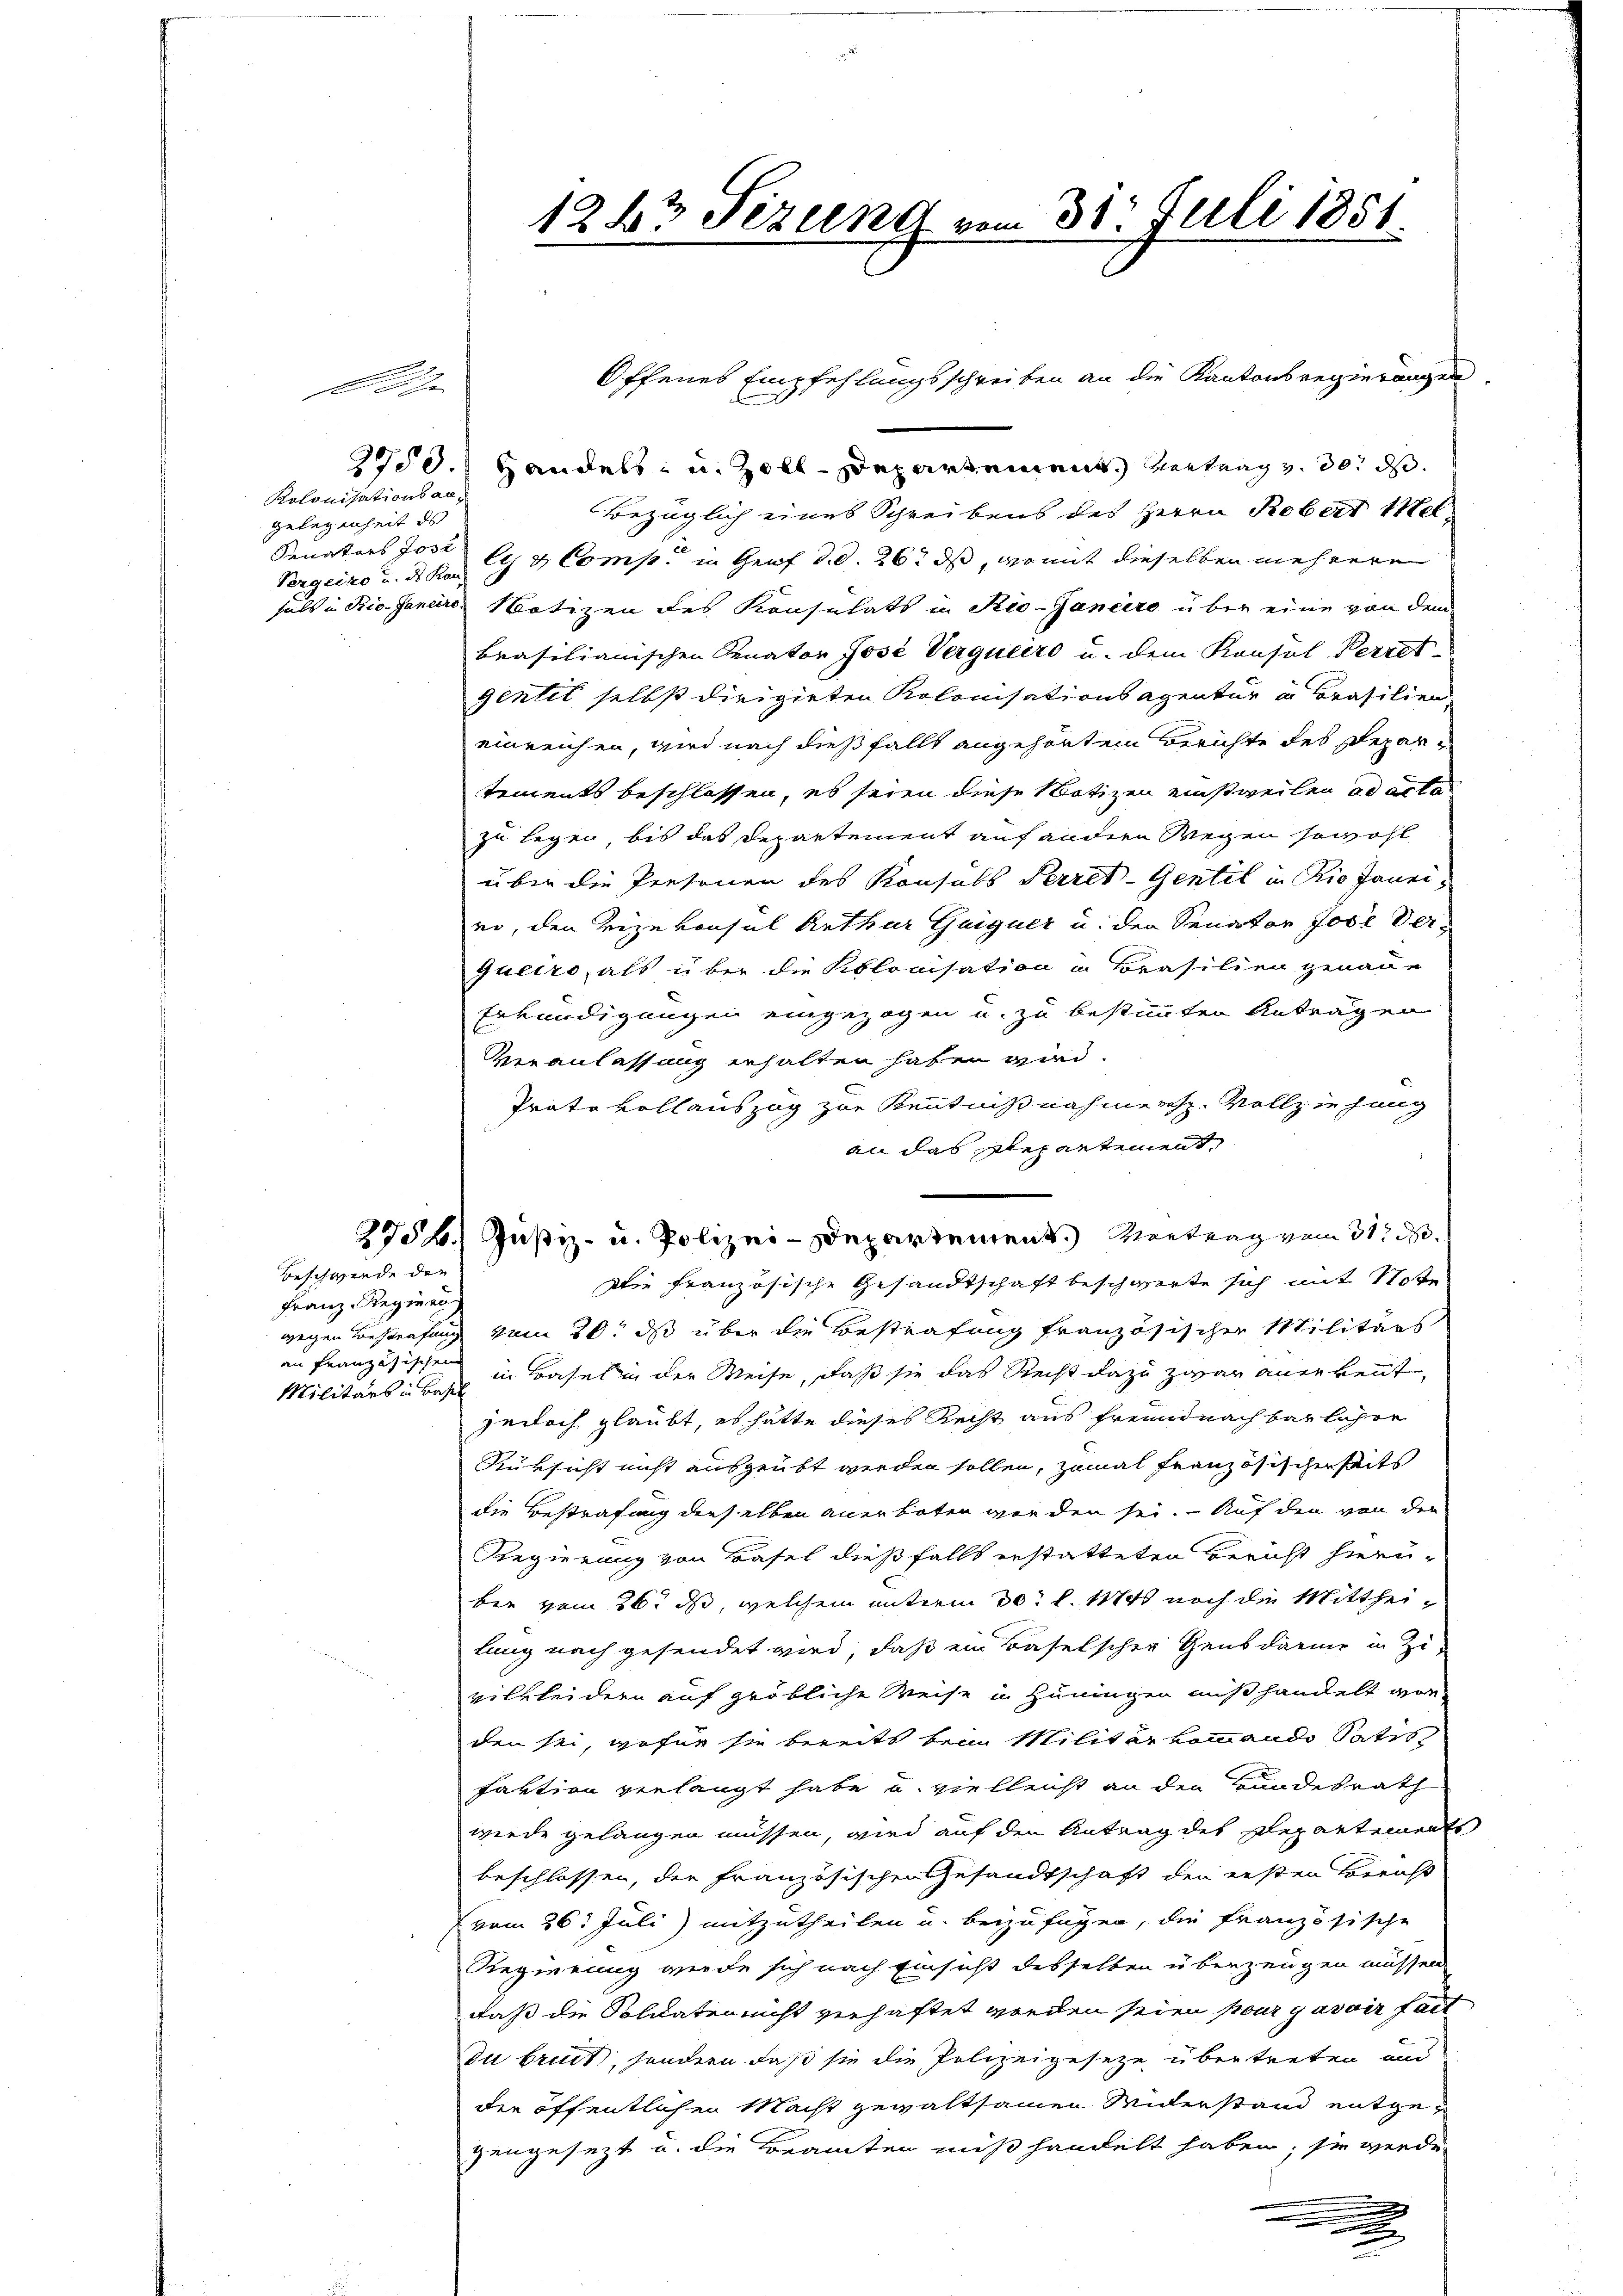
Kolonisationsan¬
Gelegenheit ds
Senaturs Jose
Pergeiro u. des Kan

3750.) Handels- u. Zolldepartement vertrag v. 30. ds.
Bezüglich eines Schreibens des Herrn Robert Mel
ly & Comp. in Graf d. d. 26. ds, womit dieselben mehrere
hals in Bio. Janein Notizen des Konsulats in Rio-Janeiro über eine von dem
brasilianischen Senator Jose Verqueiro u. dem Konsul Verret
gentit selbst dirigirten Kolonisationsagentur in Brasilien,
einreichen, wird nach dießfalls angehörten Berichte des Departements beschlossen, es seien diese Notizen einstweilen ad acta
zu legen, bis das Departement auf andern Wegen sowohl
über die Presenen des Konsuls Perret-Gentel in Rio Janeier, den Vizekonsul Arthur Guiguer u. den Senator Jose Verqueiro, als über die Kolonisation u Brasilien genaue
Erkundigungen eingezogen u. zu bestimmten Antragen
Veranlassung erhalten haben wird.
Prato vollauszug zur Kenntnißnahmens. Vollziehung
an das Repartement,
274. Justiz- u. Polizei-Departement.) Montrag vom 31. d.
Die französische Gesandtschaft beschwerte sich mit Note
wegen Bestrafung vom 30. ds über die Bestrafung französischer Militärs
an Französischen in Basel in der Weise, daß sie das Recht dazu zwar anerkennt,
jedoch glaubt, es hätte dieses Recht aus Freundnachbarlicher
Rüksicht nicht ausgeübt werden sollen, zumal Französischerseits
die Bestrafung dieselben anerboten worden sei. Auf den von der
Regierung von Basel dießfalls erstatteten Bericht hierüber vom 30. ds, welchem unterm 30 l. M. noch die Mittheilung nach gesendet wird, daß ein Baselscher Gensdarme in Zivilkleidern auf gröbliche Weise in Hüningen mißhandelt worden sei, wofür sie bereits beim Militär kommando Satis
faktion verlangt habe u. vielleicht an den Bundesrath
werde gelangen müssen, wird auf den Antrag des Departements
beschlossen, der französischen Gesandtschaft den ersten Bericht
vom 26. Juli) mitzutheilen u. beizufügen, die französische
Regierung werde sich nach Einsicht desselben überzeugen müssen.
daß die Soldaten nicht verhaftet worden seien pour y avoir fait
Du briet, sondern daß sie die Polizeigesetze übertreten und
der öffentlichen Macht gewaltsamen Widerstand entgezengesezt u. die Beamten mißhandelt haben, sie werde
.

Beschwerde der
Franz-Regier
Militärs in Basel

1283 Fezung vom 31. Juli 1851.

Offenes Empfehlungsschreiben an die Kantonsregierungen

e